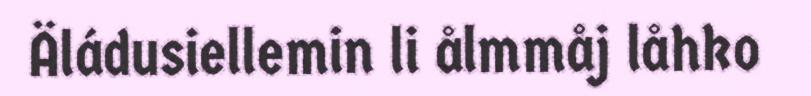
Äládusiellemin li ålmmåj låhko